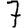
Digit: 7